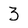
Character: 3